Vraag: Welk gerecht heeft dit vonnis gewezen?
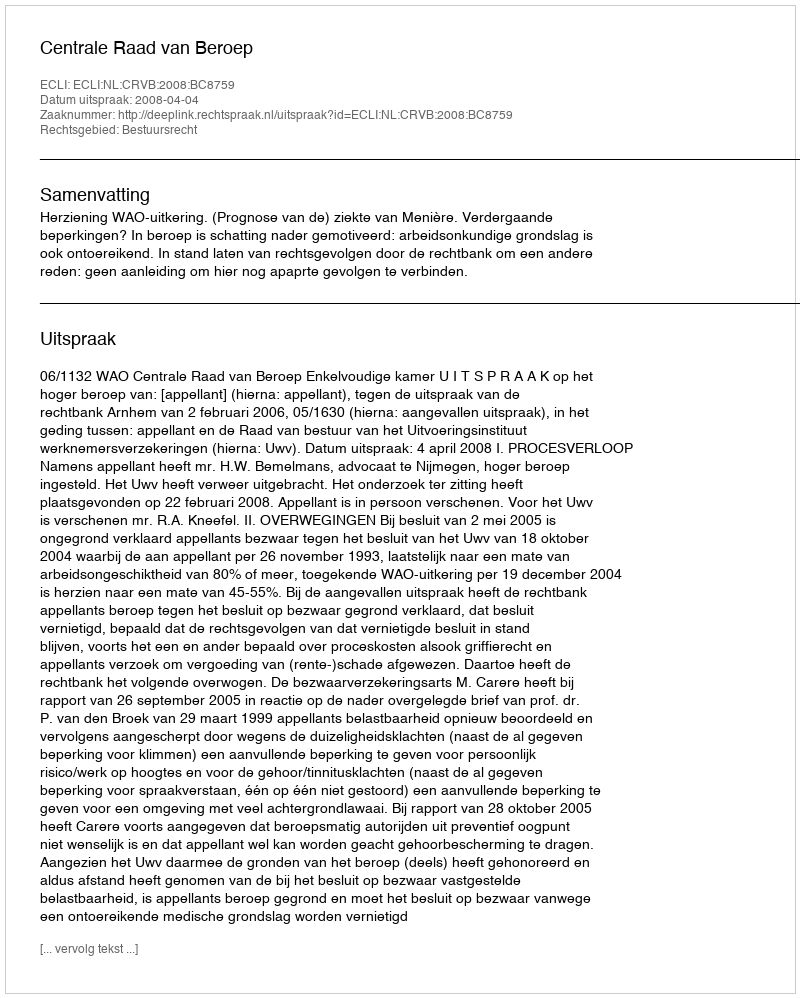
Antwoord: Centrale Raad van Beroep